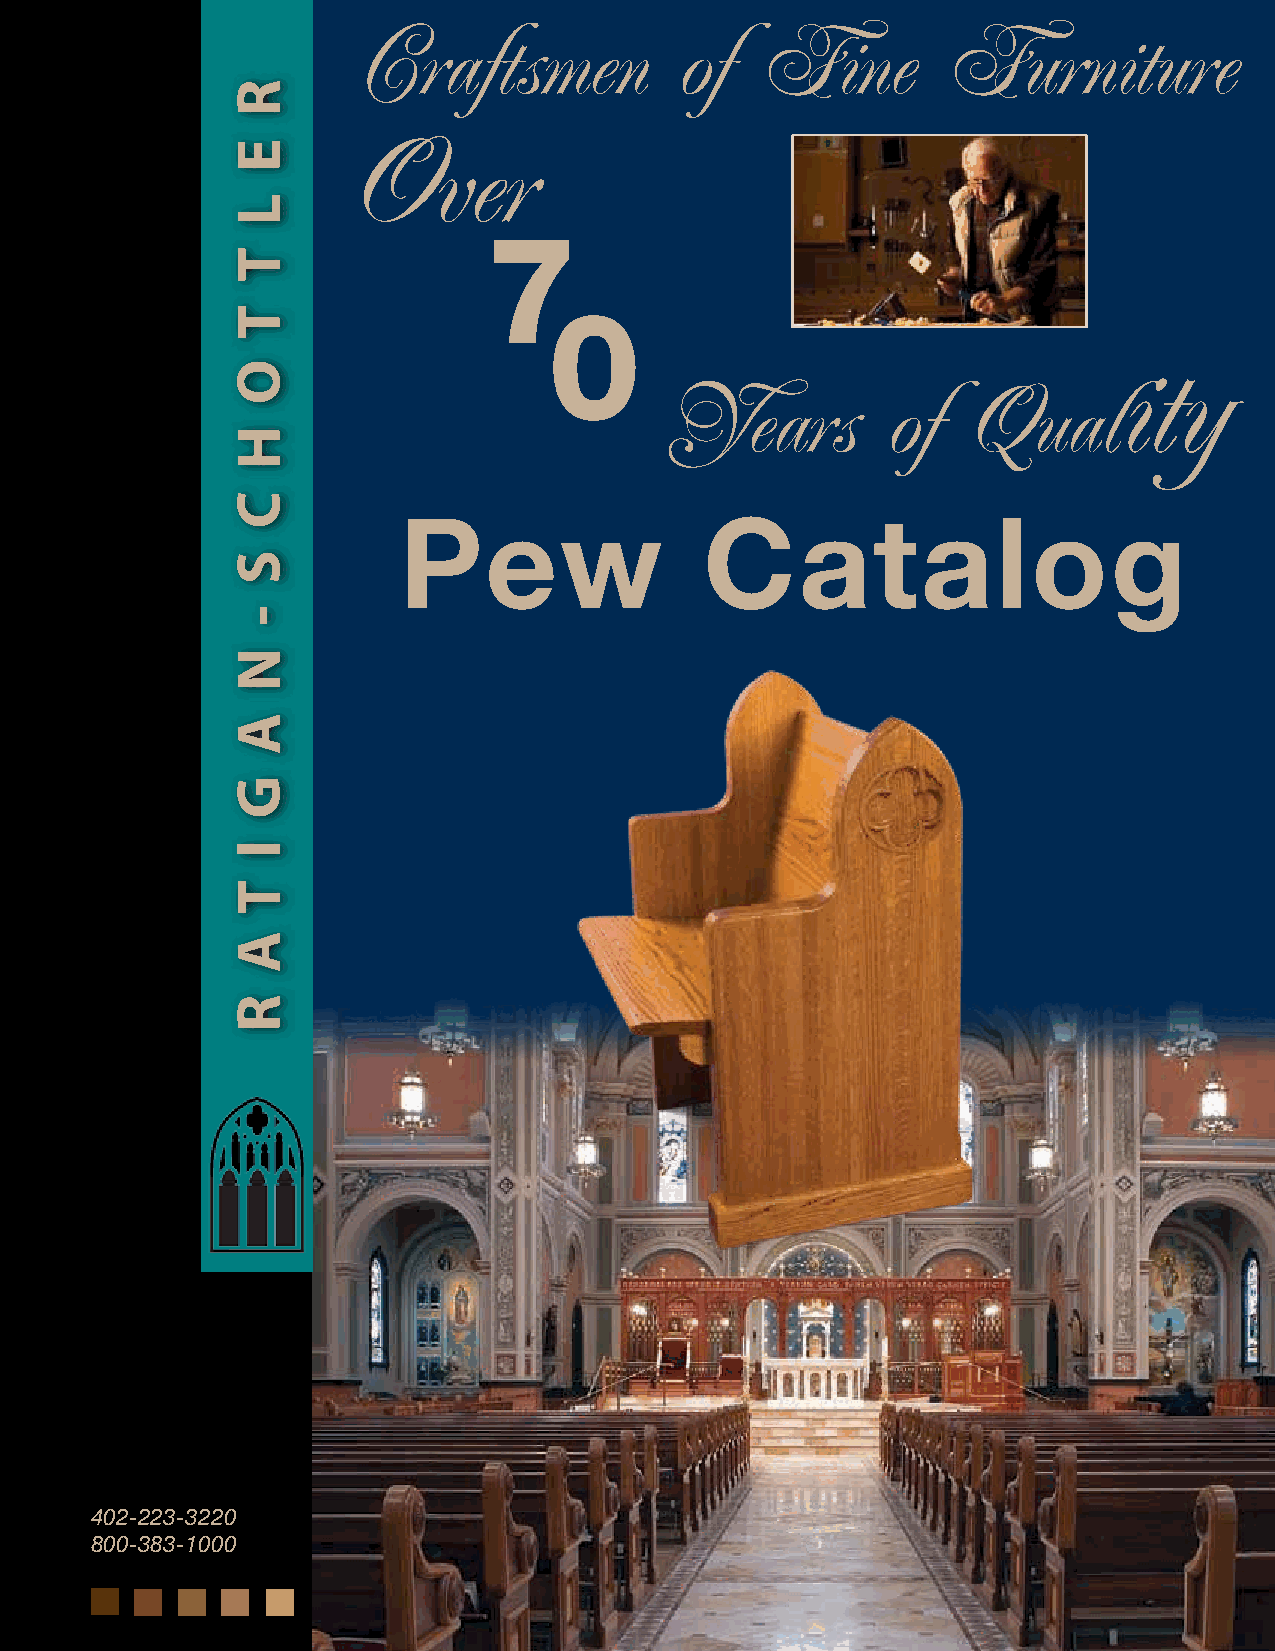
Craftsmen            of   Fine        Furniture
 Over
 7
 0
 ity
 Years          of   Qual
 Pew                  Catalog
 402-223-3220
 800-383-1000
 R
 E
 L
 T
 T
 O
 H
 C
 S
 -
 N
 A
 G
 I
 T
 A
 R